Taavet_Bergmanni_abiraha_sihtasutus, lk 19
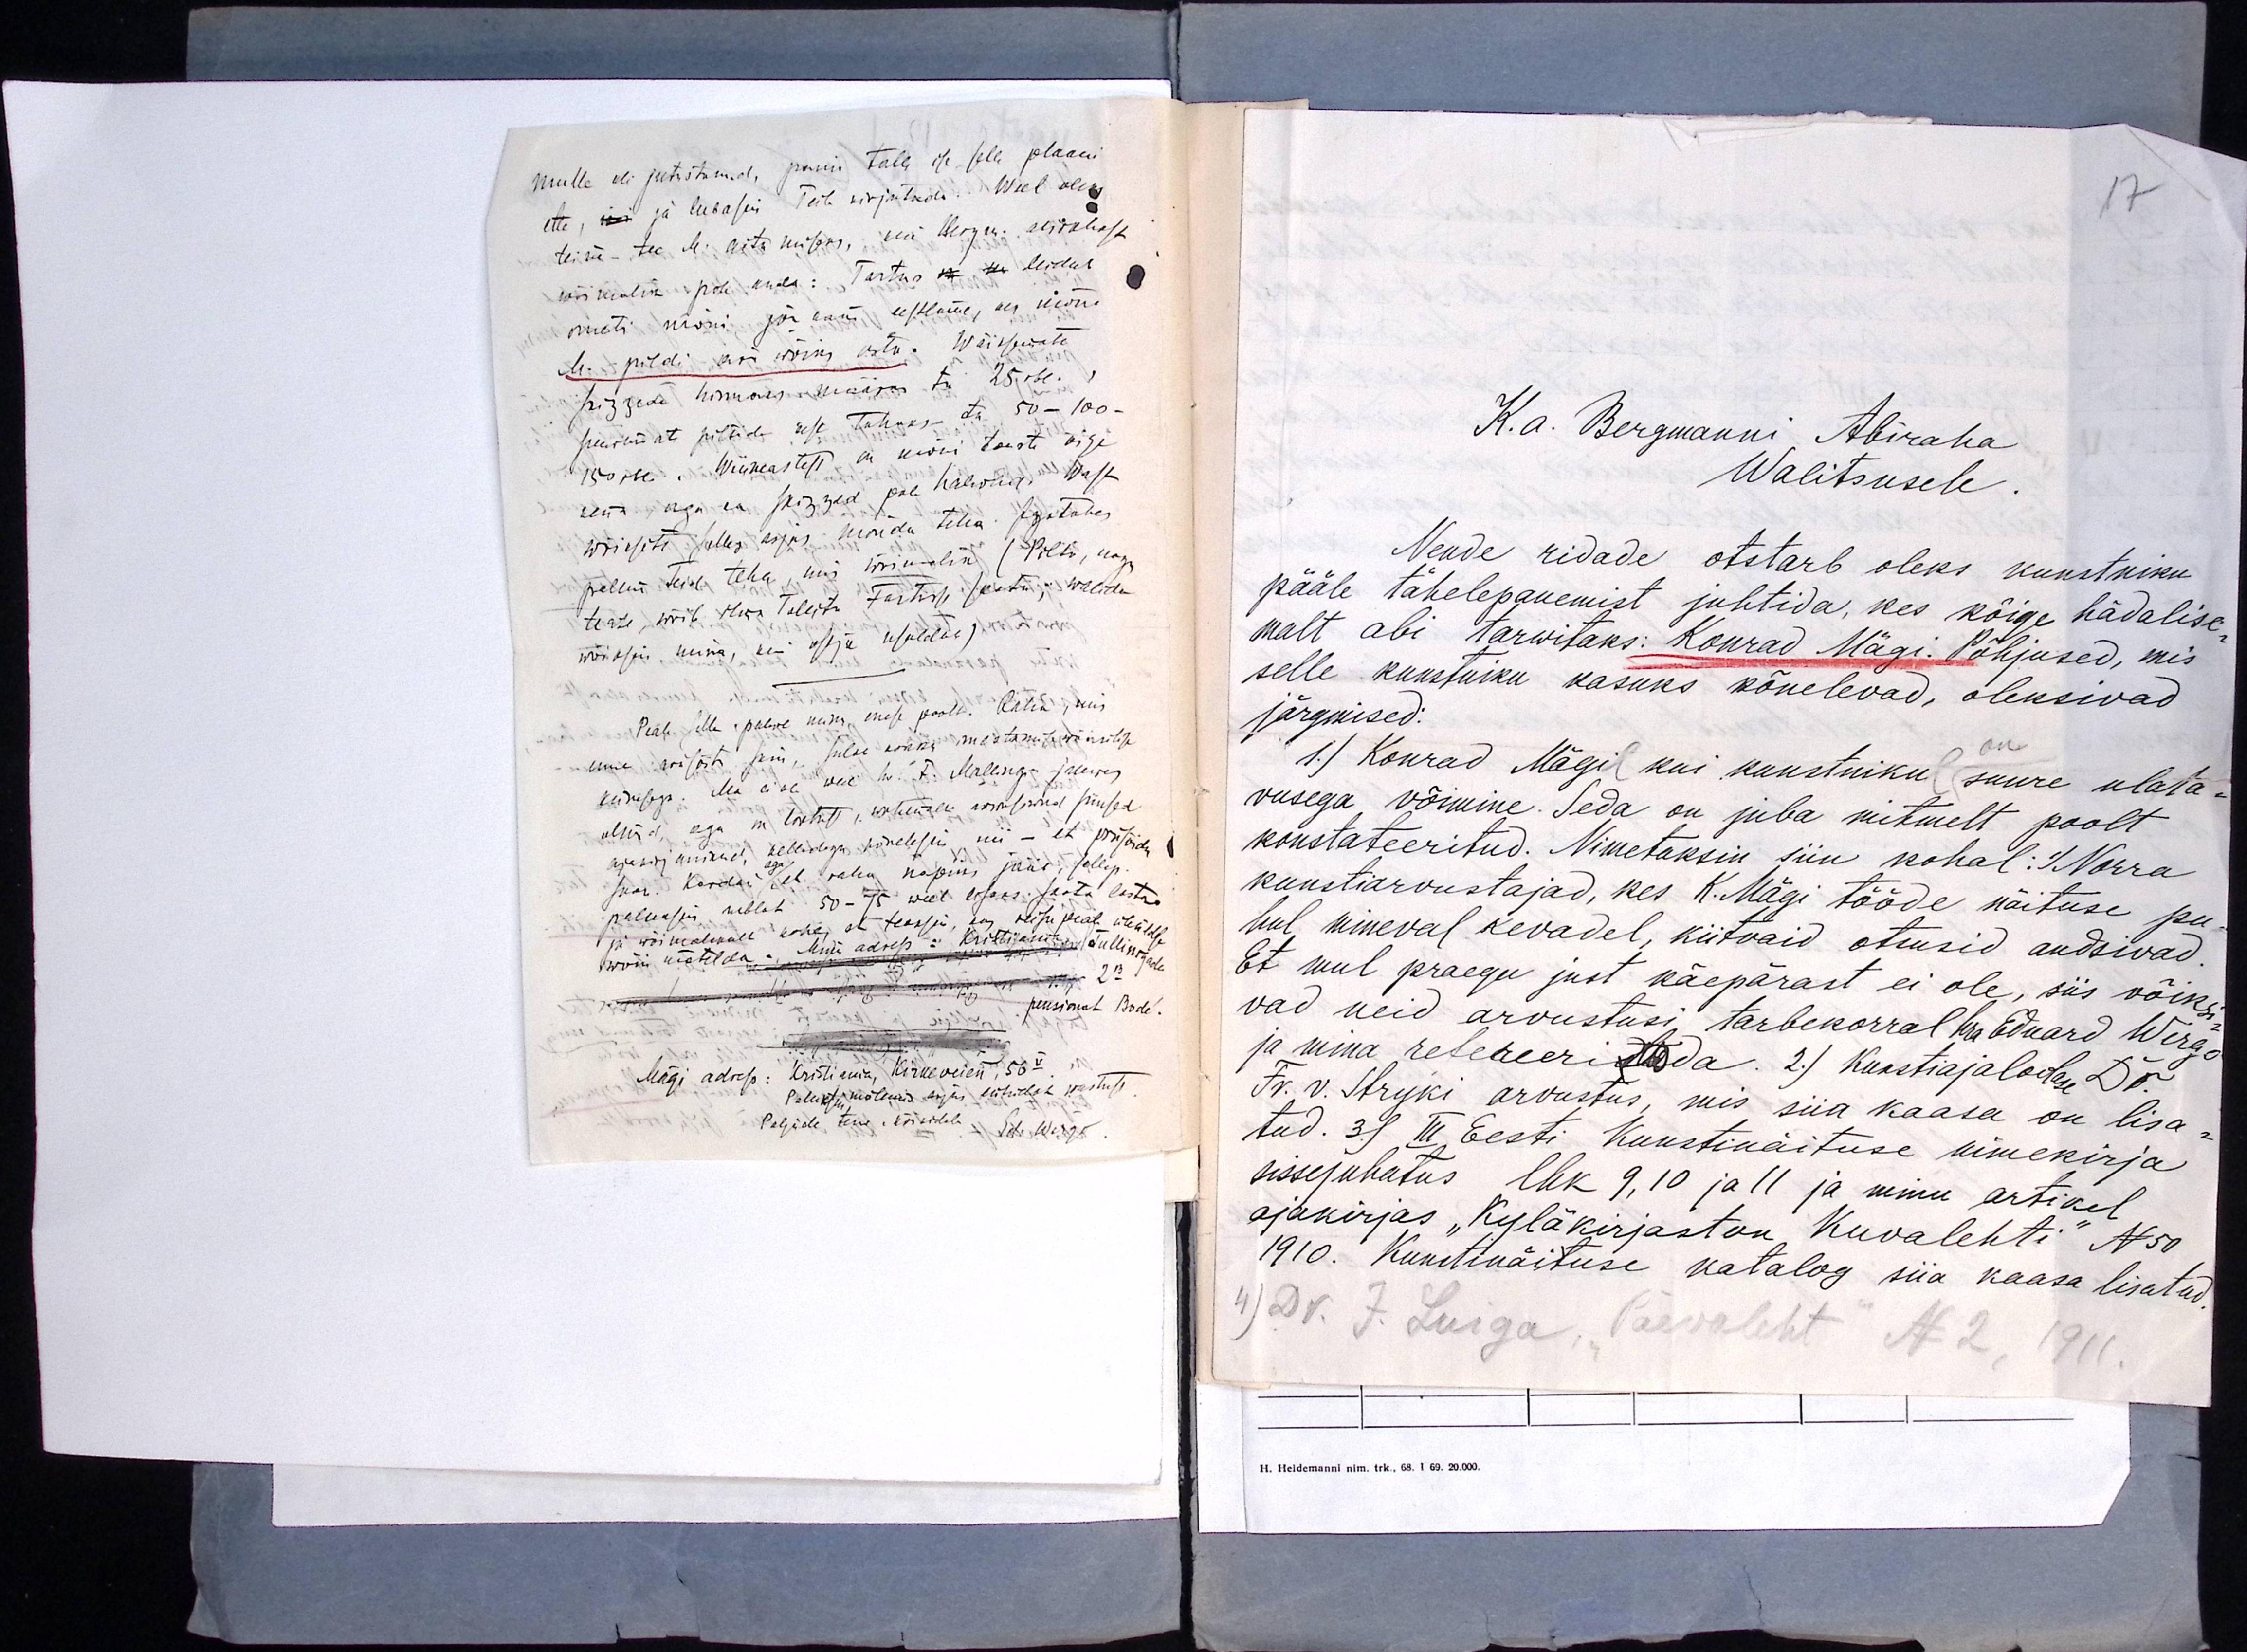
Mulle oli jutustanud, panin talle ise selle plaani
ette, mis ja lubasin Teile kirjutada. Weel oleks
teine - tee M. aitamiseks, kui Bergm. abirahast
wõimalik pole anda: Tartus on ku leidub
ometi mõni ja jõukam eestlane, kes mõne
M. pildi ära wõiks osta. Wäiksemate
skizzede hinnaks määras ta 25 rbl
suuremate piltide eest Tahaks ta 50 - 100 -
150rbl. Wiimastest on mõni toesti õige
kena aga ka skizzed pole halwad. Wast
wõiksite selles asjas mõnda teha. Igatahes
palun Teid teha, mis wõimalik (Pilti, nagu
teate, wõib ilma Tollita Tartusse saata; walda
wõiksin mina, kui ostja usaldab)
-
Peale selle palwe minu enese poolt. Raha, mis
enne ärasõitu sain, sulab kokku imestamisewäärilise
kiirusega. Ma ei ole weel hr F. Malingi juures
olnud, aga on lootust, wahemalt armulised siinsed
ajakirjanikud, kelledega kõnelesin nii - et priisõidu
saan. Kordan aga/, et raha napiks jääb, sellep.
paluksin rublat 50-75 weel lisaks saata lasta
ja wõimalikult kohe, et teaksin, kas reisu peale üleüldse
wõni mõelda - "Minu adress: Kristianija Tullinsgada
2B
pensionat Bode.
Mägi adress: Kristiania, Kirkeveien, 56 V
Paluksin mõlemais asjas lühidat wastust
Paljude terw. kõikidele Ed. Wergo

17

K.a. Bergmanni Abiraha
Walitsusele
Nende ridade otstarb oleks kunstniku
pääle tähelepanemist juhtida, kes kõige hädalise
malt abi tarwitaks: Konrad Mägi. Põhjused, mis
selle kunstniku kasuks kõnelevad, oleksivad
järgmised:
1) Konrad Mägil kui kunstnikul suure ulata-
on
vusega võimine. Seda on juba mitmelt poolt
konstateeritud. Nimetaksin siin kohal:1) Norra
kunstiarvustajad, kes K.Mägi tööde näituse pu-
hul mineval kevadel, kiitvaid otsusid andsivad
Et mul praegu just käepärast ei ole, siis võiksi
vad neid arvustusi tarbekorral hra Eduard Wergo
ja mina refereeritsda. 2) Kunstiajaloolase Dr.
N. v. Stryki arvustus, mis siia kaasa on lisa
tud. 3) III Eesti Kunstinäituse nimekirja
sissejuhatus lhk 9,10 ja 11 ja minu artikel
ajakirjas "Kyläkirjaston "Kuvalehti" No 50
1910. Kunstnäituse katalog siia kaasa lisatud
4) Dr. 7. Luiga, "Päevaleht" N 2, 1911.